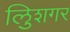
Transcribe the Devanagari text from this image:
लुिशगर